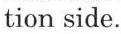
tion side.